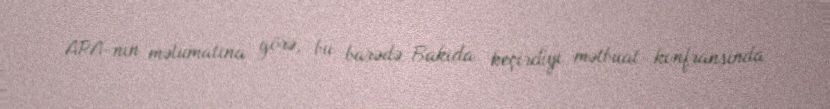
APA-nın məlumatına görə, bu barədə Bakıda keçirdiyi mətbuat konfransında